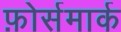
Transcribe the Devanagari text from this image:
फ़ोर्समार्क